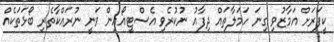
ކީފަރަށް އަމާޒުވި ގިނަ ހަމަލާތައް ދިފާއު ނުކުރެވި އެސްޓީއޯއިން ވަނީ ނުރައްކާތެރި ބޯޅަތަކެއް